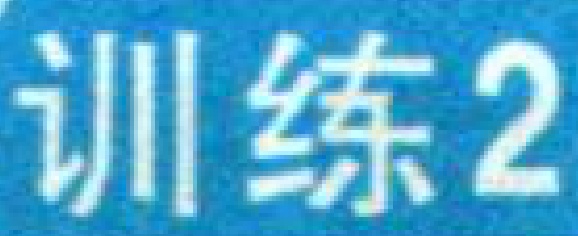
训练2